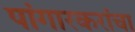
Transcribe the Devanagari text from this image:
पांगारकरांचा